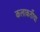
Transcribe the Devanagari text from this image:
कलाकर्तीचा